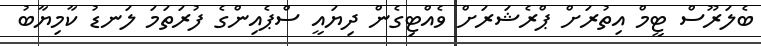
ބެލަރޫސް ޓީމް އިތުރަށް ޕްރެޝަރަށް ވެއްޓިގެން ދިޔައީ ސްޕެއިންގެ ފުރަތަމަ ލަނޑު ކާމިޔާބު